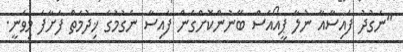
"ނަގުދު ފައިސާއާ ނުލާ ޕީއޯއެސް ބޭނުންކޮށްގެން ފައިސާ ނެގުމުގެ ޚިދުމަތް ފަށާފަ މިވަނީ.